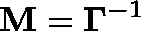
\mathbf { M } = \mathbf { \Gamma } ^ { - 1 }